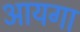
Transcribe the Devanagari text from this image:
आयगा